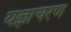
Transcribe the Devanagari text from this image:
यज्ञाचरण